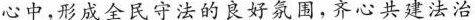
心中，形成全民守法的良好氛围，齐心共建法治